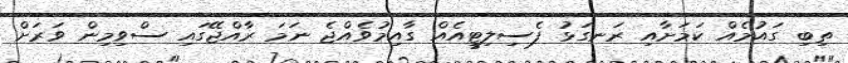
ތިބި ގައުމެއް ކަމަށާއި ރަނގަޅު ފެސިލިޓީއެއް ގާއިމުވެއްޖެ ނަމަ ރާއްޖޭގައި ސްވިމިން ވަރަަށް